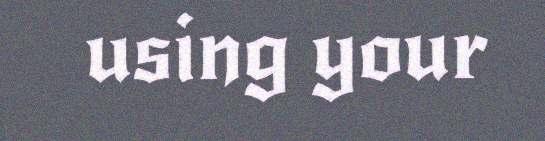
using your